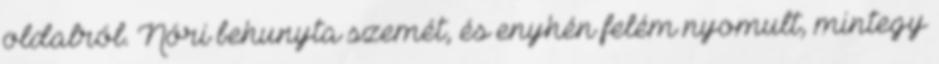
oldalról. Nóri behunyta szemét, és enyhén felém nyomult, mintegy